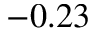
- 0 . 2 3